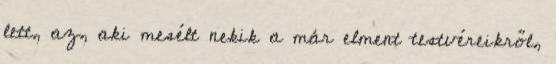
lett, az, aki mesélt nekik a már elment testvéreikről,